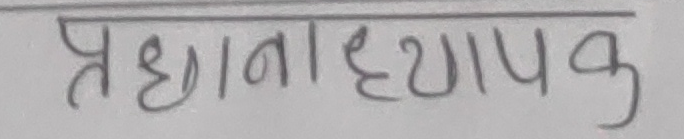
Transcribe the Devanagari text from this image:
प्रधानाध्यापक